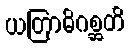
ယတြာဓိဂစ္ဆတိ